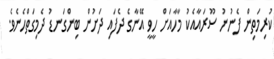
ކުރިމަތިން ފެނުނު ސޫރައާއެކު މާހާއަށް ހީވީ އޭނާގެ ދެފައި ދަށުން ބިންގަނޑު ދެމިގަތްހެނެވެ.